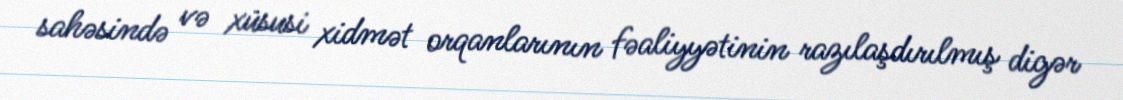
sahəsində və xüsusi xidmət orqanlarının fəaliyyətinin razılaşdırılmış digər